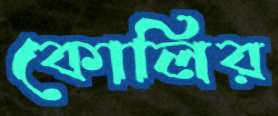
কোলির